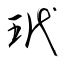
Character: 玳